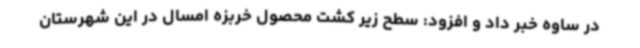
در ساوه خبر داد و افزود: سطح زیر کشت محصول خربزه امسال در این شهرستان